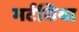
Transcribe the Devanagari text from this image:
मर्टसिया